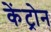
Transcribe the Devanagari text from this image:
केंट्रोन